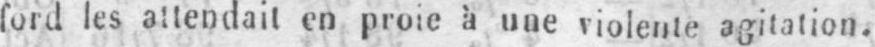
ford les attendait en proie à une violente agitation.